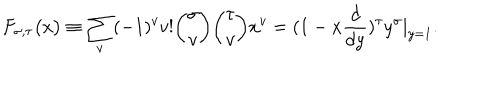
F _ { \sigma , \tau } \big ( x \big ) \equiv \sum _ { v } ( - 1 ) ^ { v } v ! { \binom { \sigma } { v } } { \binom { \tau } { v } } x ^ { v } = ( 1 - x { \frac { d } { d y } } ) ^ { \tau } y ^ { \sigma } | _ { y = 1 } .